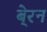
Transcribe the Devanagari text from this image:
बे्रन